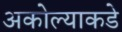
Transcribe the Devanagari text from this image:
अकोल्याकडे